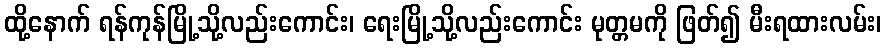
ထို့နောက် ရန်ကုန်မြို့သို့လည်းကောင်း၊ ရေးမြို့သို့လည်းကောင်း မုတ္တမကို ဖြတ်၍ မီးရထားလမ်း၊